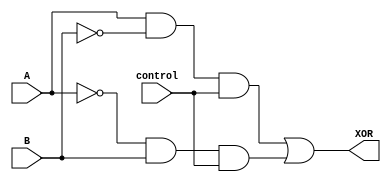
module XOR_transmission_gates (
    input A, B, control,
    output XOR
);

wire not_A, not_B;

assign not_A = ~A;
assign not_B = ~B;

assign XOR = (A & not_B & control) | (not_A & B & control); 

endmodule